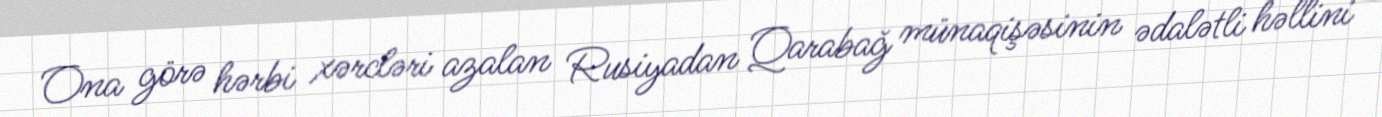
Ona görə hərbi xərcləri azalan Rusiyadan Qarabağ münaqişəsinin ədalətli həllini